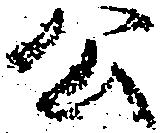
公